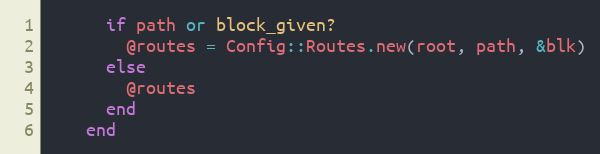
Language: Ruby
      if path or block_given?
        @routes = Config::Routes.new(root, path, &blk)
      else
        @routes
      end
    end